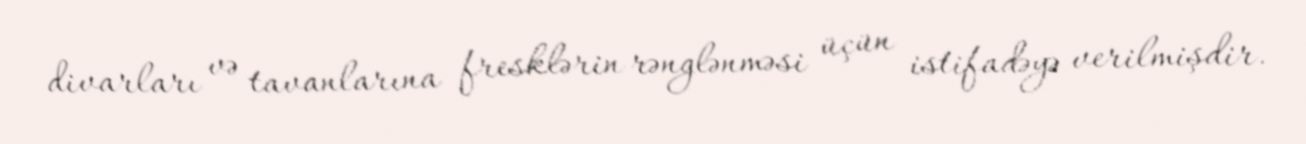
divarları və tavanlarına fresklərin rənglənməsi üçün istifadəyə verilmişdir.